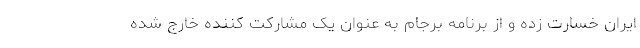
ایران خسارت زده و از برنامه برجام به عنوان یک مشارکت کننده خارج شده